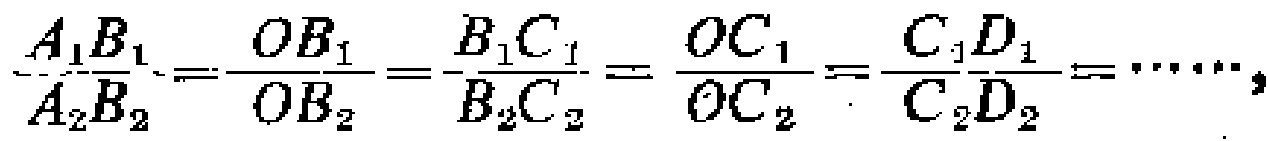
\(\frac{A_{1}B_{1}}{A_{2}B_{2}}=\frac{OB_{1}}{OB_{2}}=\frac{B_{1}C_{1}}{B_{2}C_{2}}=\frac{OC_{1}}{OC_{2}}=\frac{C_{1}D_{1}}{C_{2}D_{2}}=\cdots\cdots\)